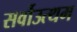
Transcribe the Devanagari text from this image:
सर्वोउत्थम